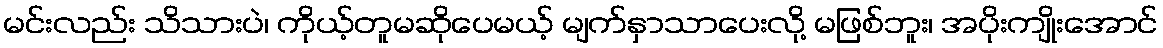
မင်းလည်း သိသားပဲ၊ ကိုယ့်တူမဆိုပေမယ့် မျက်နှာသာပေးလို့ မဖြစ်ဘူး၊ အပိုးကျိုးအောင်